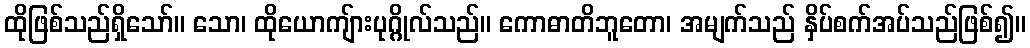
ထိုဖြစ်သည်ရှိသော်။ သော၊ ထိုယောကျ်ားပုဂ္ဂိုလ်သည်။ ကောဓာတိဘူတော၊ အမျက်သည် နှိပ်စက်အပ်သည်ဖြစ်၍။